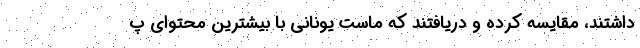
داشتند، مقایسه کرده و دریافتند که ماست یونانی با بیشترین محتوای پ